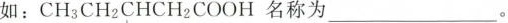
如：CH_{3}| CH _{2}| CHCH_{2}| COOH 名称 ___。